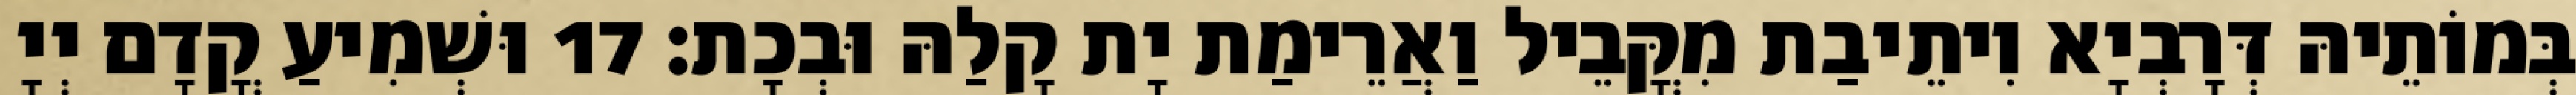
בְּמוֹתֵיהּ דְּרָבְיָא וִיתֵיבַת מִקֳּבֵיל וַאֲרֵימַת יָת קָלַהּ וּבְכָת׃ 17 וּשְׁמִיעַ קֳדָם יְיָ